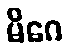
မိဂေ